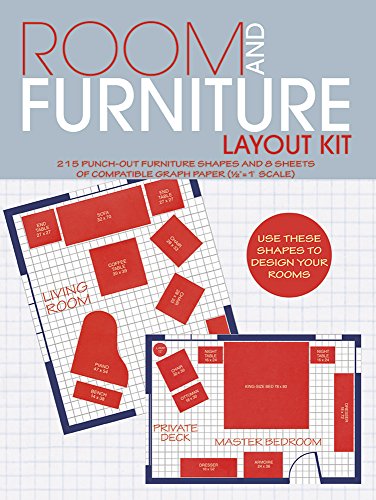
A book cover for Room and Furniture Layout Kit; Muncie Hendler; Arts & Photography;